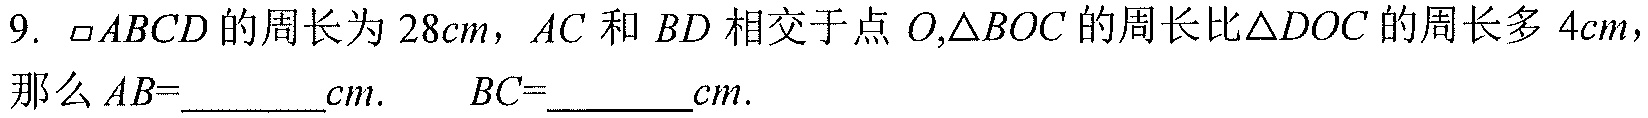
9. \(\square ABCD\)的周长为\(28cm\)，\(AC\)和\(BD\)相交于点\(O\),\(\triangle BOC\)的周长比\(\triangle DOC\)的周长多\(4cm\)，那么\(AB =\)_______\(cm\). \(BC =\)_______\(cm\).